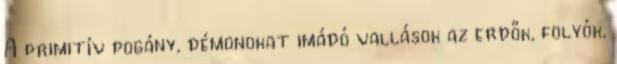
A primitív pogány, démonokat imádó vallások az erdők, folyók,